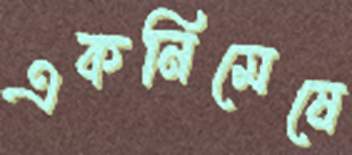
একনিমেষে